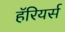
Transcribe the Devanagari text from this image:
हॅरियर्स